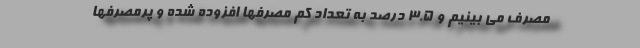
مصرف می بینیم و ۳.۵ درصد به تعداد کم مصرفها افزوده شده و پرمصرفها